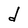
Character: d